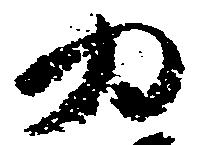
為